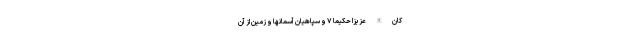
َكَانَ اللَّهُ عَزِيزًا حَكِيمًا ۷ و سپاهيان آسمانها و زمين از آن